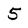
Character: 5